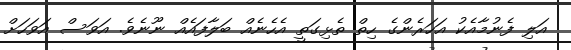
އަލި ފެނުމާއެކު އަހަރެންގެ ހިތް ތެޅިގަތީ އެހެނެއް ބަލާފައެއް ނޫނެވެ. އަވަސް އަވަހަށް